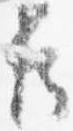
臣